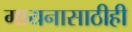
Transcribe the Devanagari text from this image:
गायनासाठीही